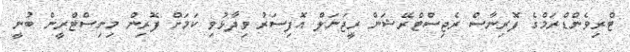
ޓްރިވެންޑްރަމްގެ ފޮރިނާސް ރެޖިސްޓްރޭޝަން ރީޖަނަލް އޮފިސަރު ވިދާޅުވި ކަމަށް ފޮރިން މިނިސްޓްރީން ބުނީ